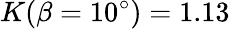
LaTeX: K(\beta=10^{\circ})=1.13